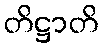
တိဋ္ဌာတိ